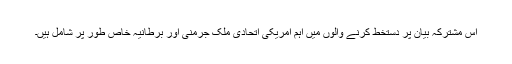
اس مشترکہ بیان پر دستخط کرنے والوں میں اہم امریکی اتحادی ملک جرمنی اور برطانیہ خاص طور پر شامل ہیں۔